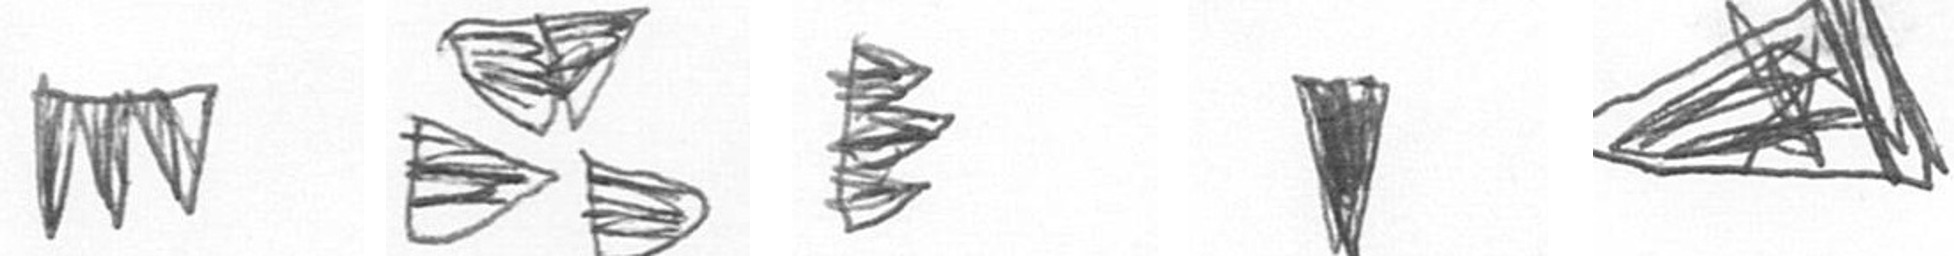
L B H J O